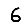
Digit: 6